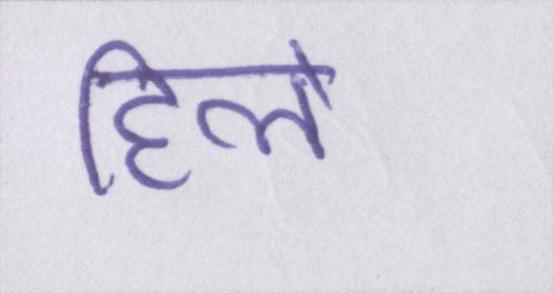
हिले